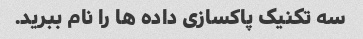
سه تکنیک پاکسازی داده ها را نام ببرید.